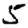
Digit: 5